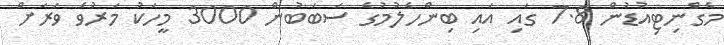
މެގްނިޓިއުޑުން 7.8 ގައި އައި ބިންހެލުމުގެ ސަބަބުން 3000 މީހަކު މަރުވެ ވަރަށް